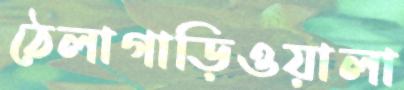
ঠেলাগাড়িওয়ালা